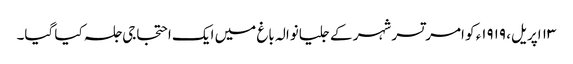
١٣ اپریل، ١٩١٩ء کو امرتسر شہر کے جلیانوالہ باغ میں ایک احتجاجی جلسہ کیا گیا۔